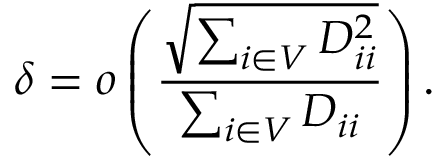
\delta = o \left( \frac { \sqrt { \sum _ { i \in V } D _ { i i } ^ { 2 } } } { \sum _ { i \in V } D _ { i i } } \right) .